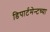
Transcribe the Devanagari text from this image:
डिपार्टमेन्टच्या